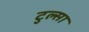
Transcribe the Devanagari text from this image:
टुल्‍सा